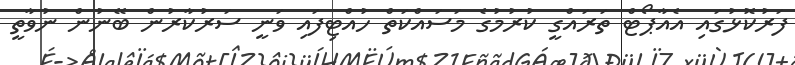
ފަރުކޮޅުގައި އެއާޕޯޓް ތަރައްގީ ކުރުމުގެ މަސައްކަތް ހުއްޓިފައި ވަނީ ސަރުކާރުން ބޭނުން ނުވާތީ